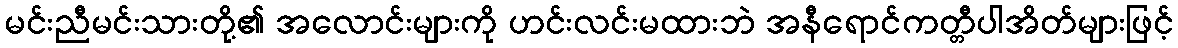
မင်းညီမင်းသားတို့၏ အလောင်းများကို ဟင်းလင်းမထားဘဲ အနီရောင်ကတ္တီပါအိတ်များဖြင့်